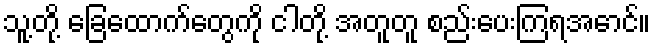
သူ့တို့ ခြေထောက်တွေကို ငါတို့ အတူတူ စည်းပေးကြရအောင်။